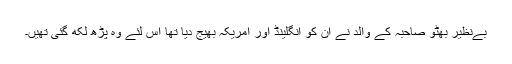
بےنظیر بھٹو صاحبہ کے والد نے ان کو انگلینڈ اور امریکہ بھیج دیا تھا اس لئے وہ پڑھ لکھ گئی تھیں۔